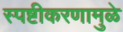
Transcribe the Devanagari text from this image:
स्पष्टीकरणामुळे